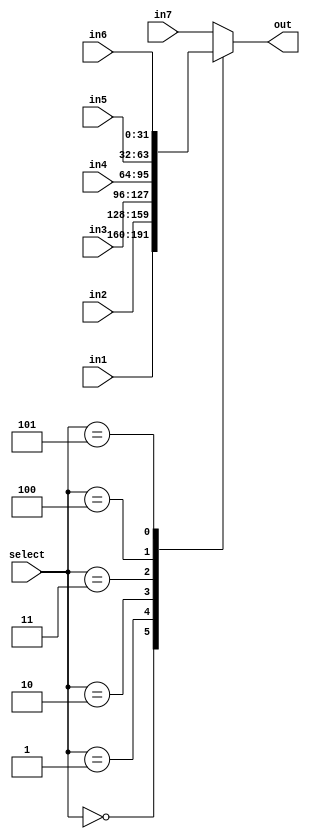
module mux6x1 (
    input [31:0]in1,
    input [31:0]in2,
    input [31:0]in3,
    input [31:0]in4,
    input [31:0]in5,
	 input [31:0]in6,
	 input [31:0]in7,
    input [2:0]select,
    output reg [31:0] out
);

always @(*) begin
    case (select)
        3'b000:begin
            out<=in1;
        end
        3'b001:begin
            out<=in2;
        end
        3'b010:begin
            out<=in3;
        end
        3'b011:begin
            out<=in4;
        end
        3'b100:begin
            out<=in5;
        end
		  3'b101:begin
            out<=in6;
        end
		  default:begin
            out<=in7;
        end
    endcase
end
    
endmodule